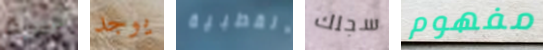
وسبع يوجد القطبية سجلك مفهوم